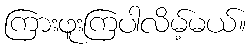
ကြားဖူးကြပါလိမ့်မယ်။